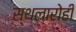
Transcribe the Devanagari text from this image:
स्थलारोही